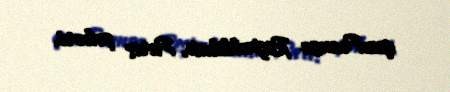
qızıFransa Respublikası, Paris şəhəri.